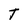
Character: T